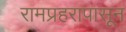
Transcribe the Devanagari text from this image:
रामप्रहरापासून